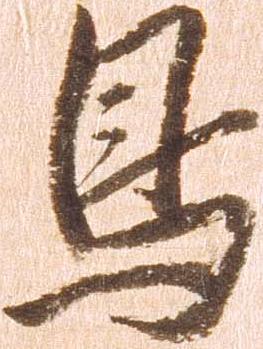
鳥